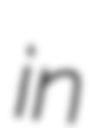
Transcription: in